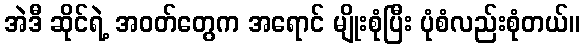
အဲဒီ ဆိုင်ရဲ့ အဝတ်တွေက အရောင် မျိုးစုံပြီး ပုံစံလည်းစုံတယ်။